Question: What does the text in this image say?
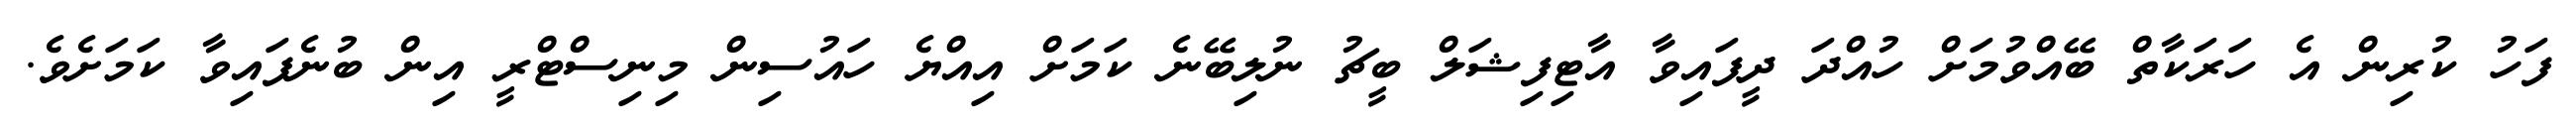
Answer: ފަހު ކުރިން އެ ހަރަކާތް ބޭއްވުމަށް ހުއްދަ ދީފައިވާ އާޓިފިޝަލް ބީޗު ނުލިބޭނެ ކަމަށް އިއްޔެ ހައުސިން މިނިސްޓްރީ އިން ބުނެފައިވާ ކަމަށެވެ.